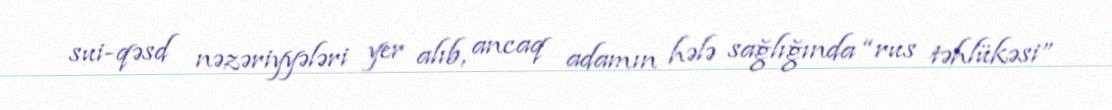
sui-qəsd nəzəriyyələri yer alıb, ancaq adamın hələ sağlığında “rus təhlükəsi”